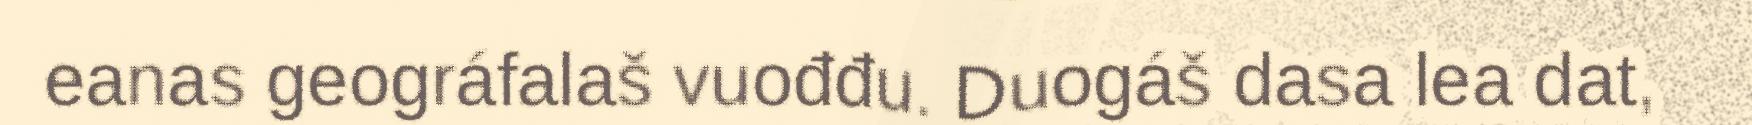
eanas geográfalaš vuođđu. Duogáš dasa lea dat,